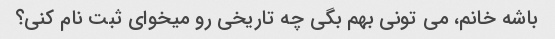
باشه خانم، می تونی بهم بگی چه تاریخی رو میخوای ثبت نام کنی؟